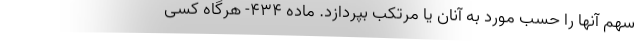
سهم آنها را حسب مورد به آنان یا مرتکب بپردازد. ماده ۴۳۴- هرگاه کسی